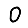
Digit: 0